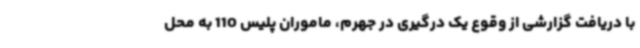
با دریافت گزارشی از وقوع یک درگیری در جهرم، ماموران پلیس 110 به محل